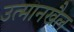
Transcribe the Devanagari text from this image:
उत्मानखैल